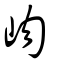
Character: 岉